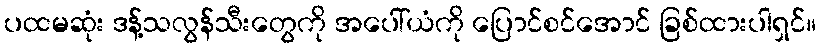
ပထမဆုံး ဒန့်သလွန်သီးတွေကို အပေါ်ယံကို ပြောင်စင်အောင် ခြစ်ထားပါရှင်။